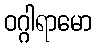
ဝဂ္ဂါရာမော